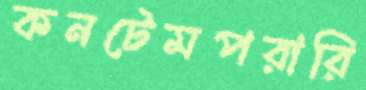
কনটেমপরারি